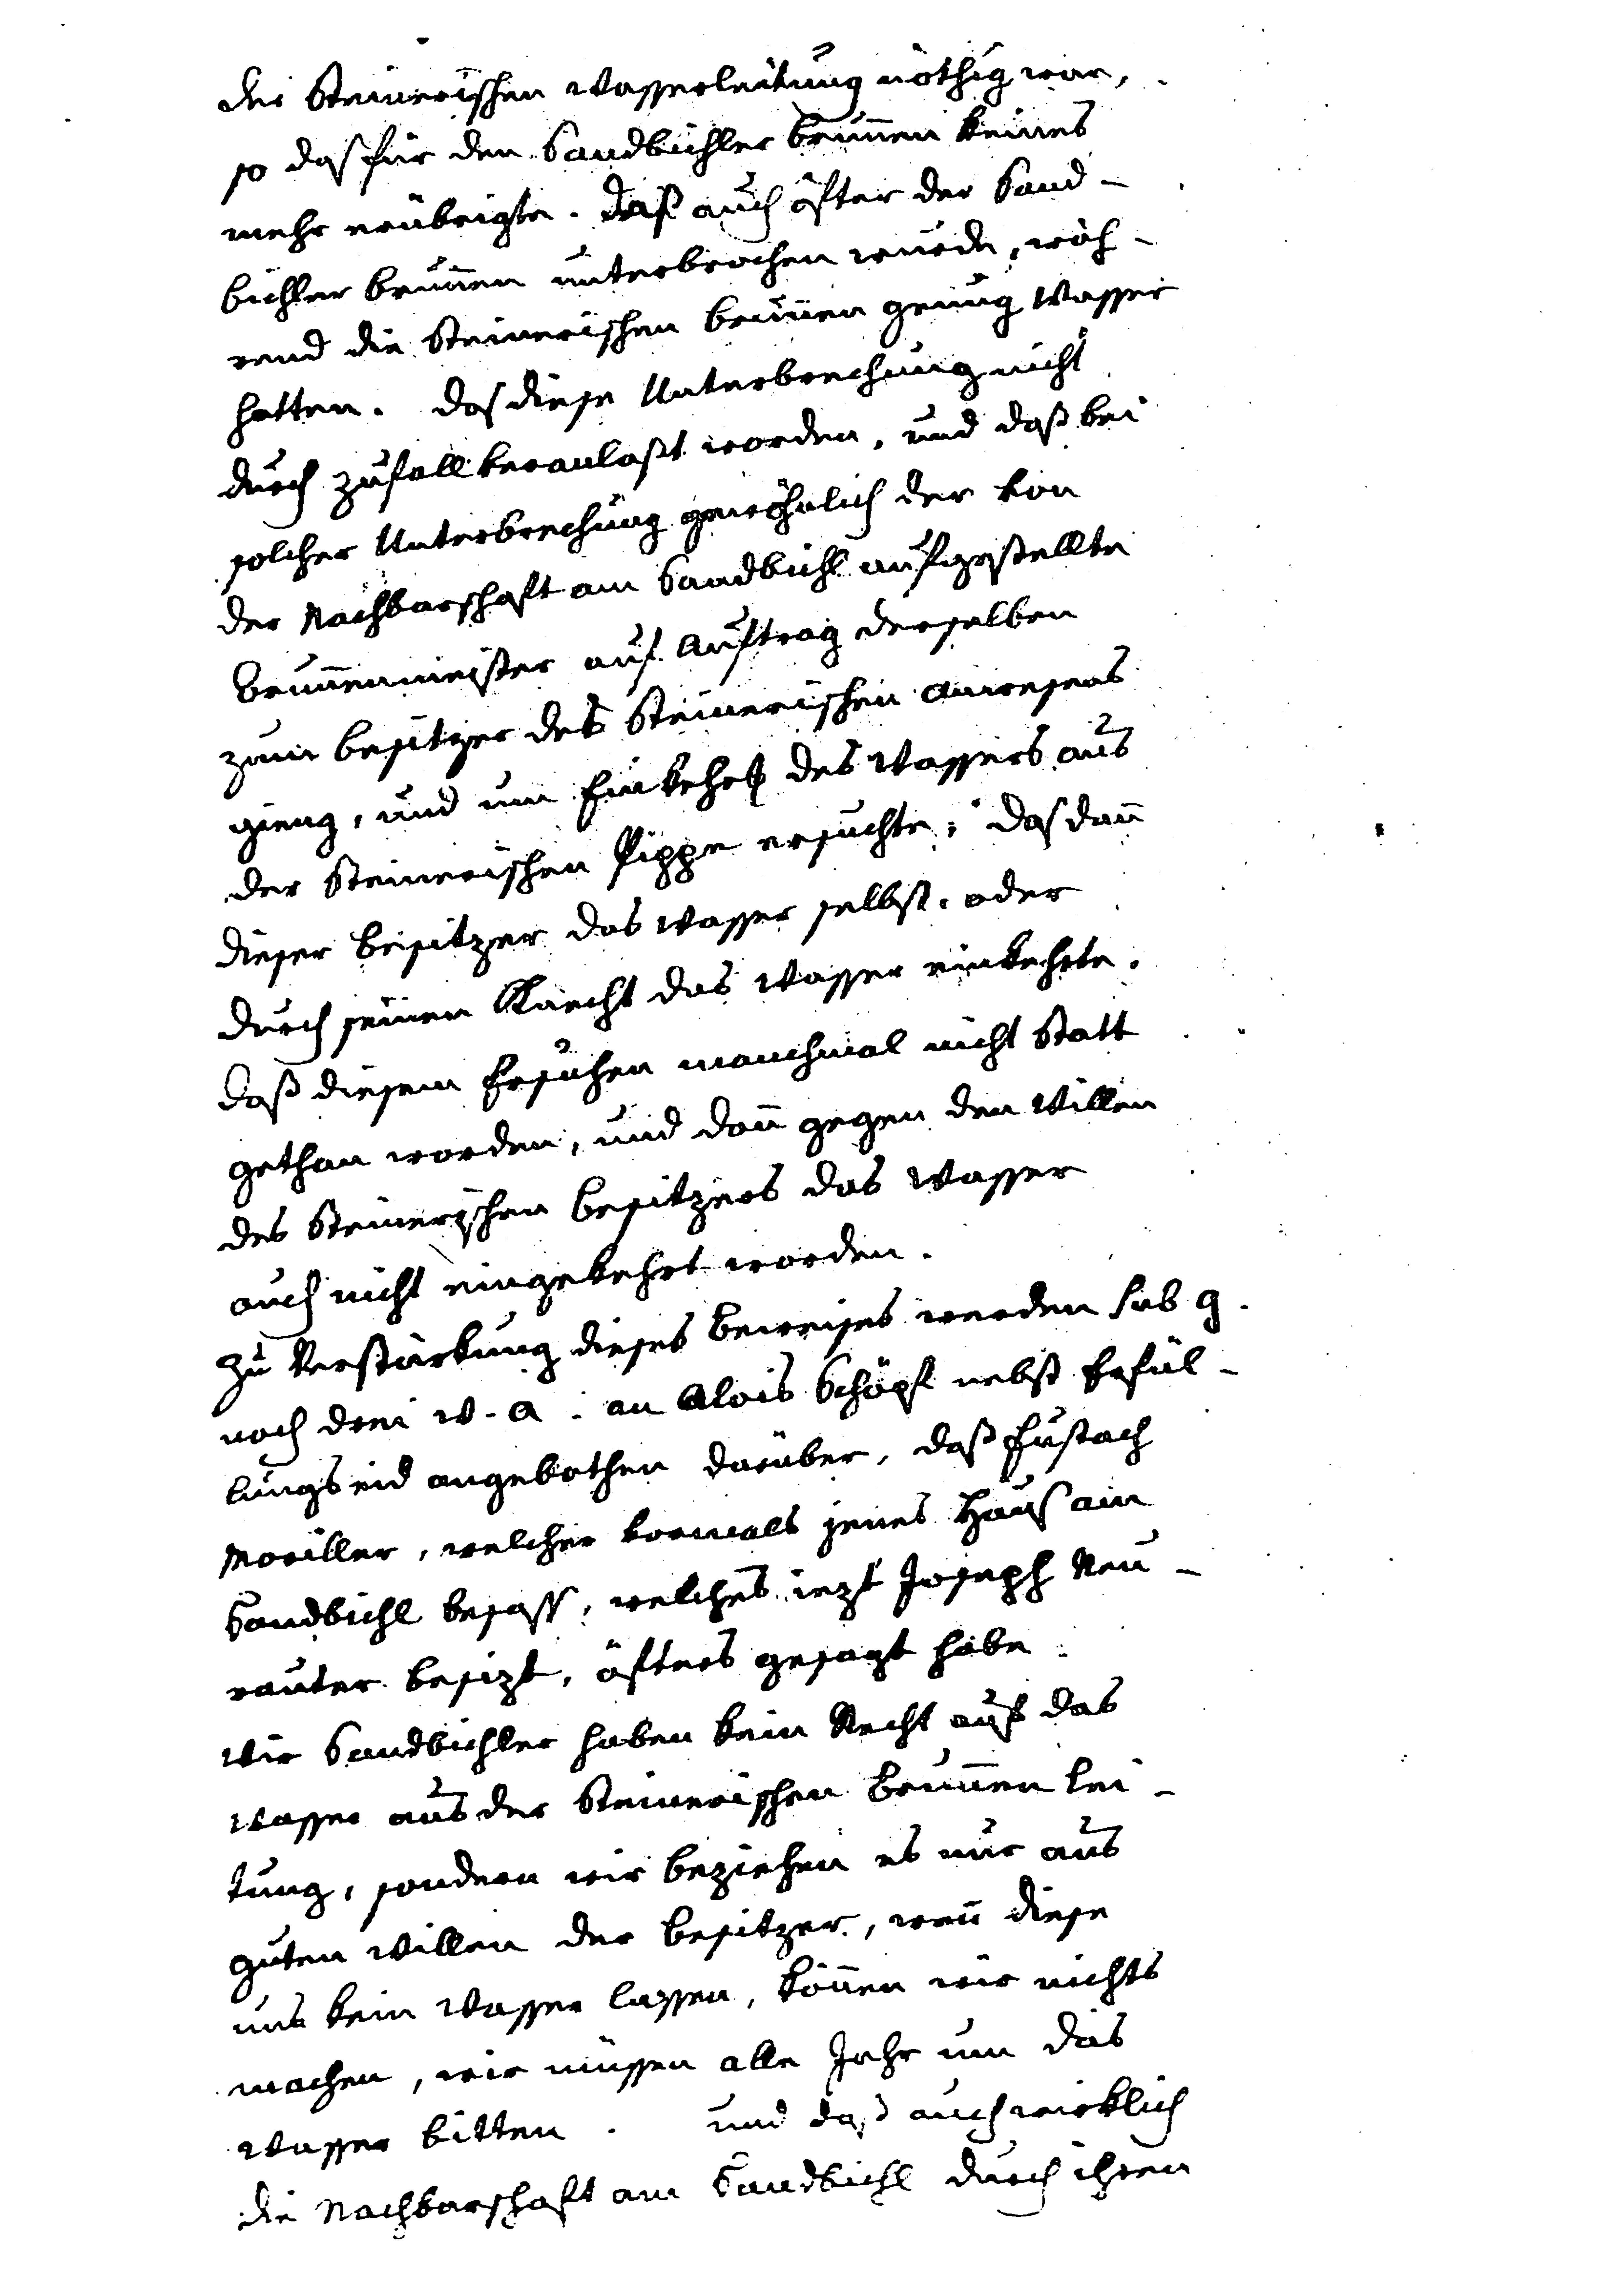
der Steinerischen Wasserleitung nöthig war,
so daß für den Sandbichler Brunnen keines
mehr erübrigte. Daß auch öfter der Sand¬
bichler Brunnen unterbrochen wurde, wäh¬
rend die Steinerischen Brunnen genug Wasser
hatten. Daß diese Unterbrechung nicht
durch Zufall veranlaßt worden, und daß bei
solcher Unterbrechung gewöhnlich der von
der Nachbarschaft am Sandbichl aufgestellte
Brunnenmeister auf Auftrag derselben
zum Besitzer des Steinerischen Anwesens
ging, und um Einkehrs des Wassers aus
der Steinerischen Pippe ersuchte, daß dann
dieser Besitzer das Wasser selbst, oder
durch seinen Knecht das Wasser einkehrte.
Daß diesem Ersuchen manchmal nicht statt
gethan worden, und dann gegen den Willen
des Steinerischen Besitzers das Wasser
auch nicht eingekehrt worden.
Zur Verstärkung dieses Beweises werden sub G.
noch drei w. a. an Alois Schöpf nebst Erfül¬
lungseid angebothen darüber, daß Eustach
Moriller, welcher vormals jenes Haus am
Sandbichl besaß, welches iezt Joseph Neu¬
rauter besizt, öfters gesagt habe,
wir Sandbichler haben kein Recht auf das
Wasser aus der Steinerischen Brunnen Lei¬
tung, sondern wir beziehen es nur aus
guten Willen der Besitzer. Wenn diese
uns kein Wasser lassen, können wir nichts
machen, wir müssen alle Jahre um das
Wasser bitten. Und daß auch wirklich
die Nachbarschaft am Sandbichl durch ihren